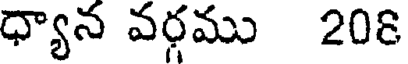
ధ్యాన వర్గము 208